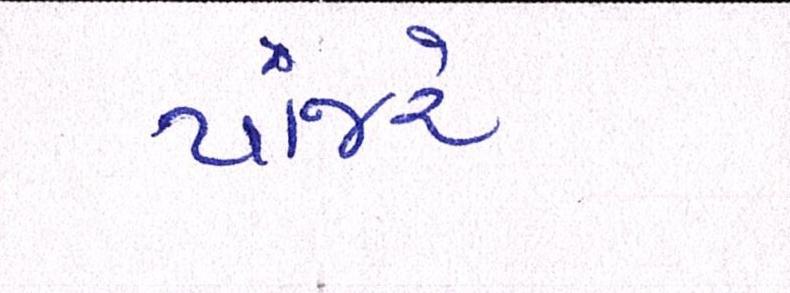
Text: પાંજરે